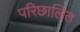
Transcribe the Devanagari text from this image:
परिछालित